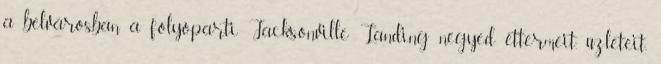
a belvárosban a folyóparti Jacksonville Landing negyed éttermeit, üzleteit,